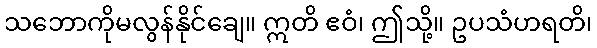
သဘောကိုမလွန်နိုင်ချေ။ ဣတိ ဧဝံ၊ ဤသို့။ ဥပသံဟရတိ၊